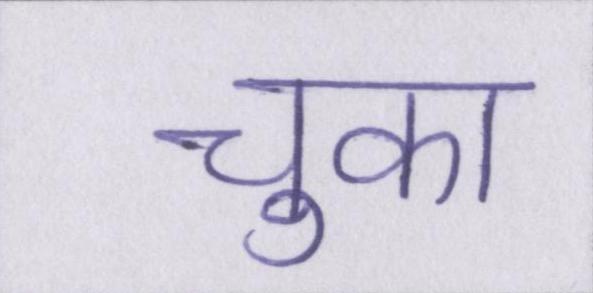
चुका